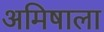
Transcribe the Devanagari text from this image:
अमिषाला